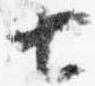
七